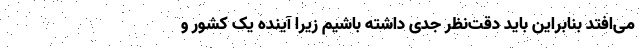
می‌افتد بنابراین باید دقت‌نظر جدی داشته باشیم زیرا آینده یک کشور و